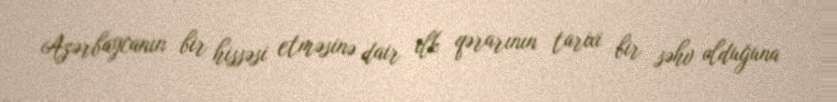
Azərbaycanın bir hissəsi etməsinə dair ilk qərarının tarixi bir səhv olduğuna